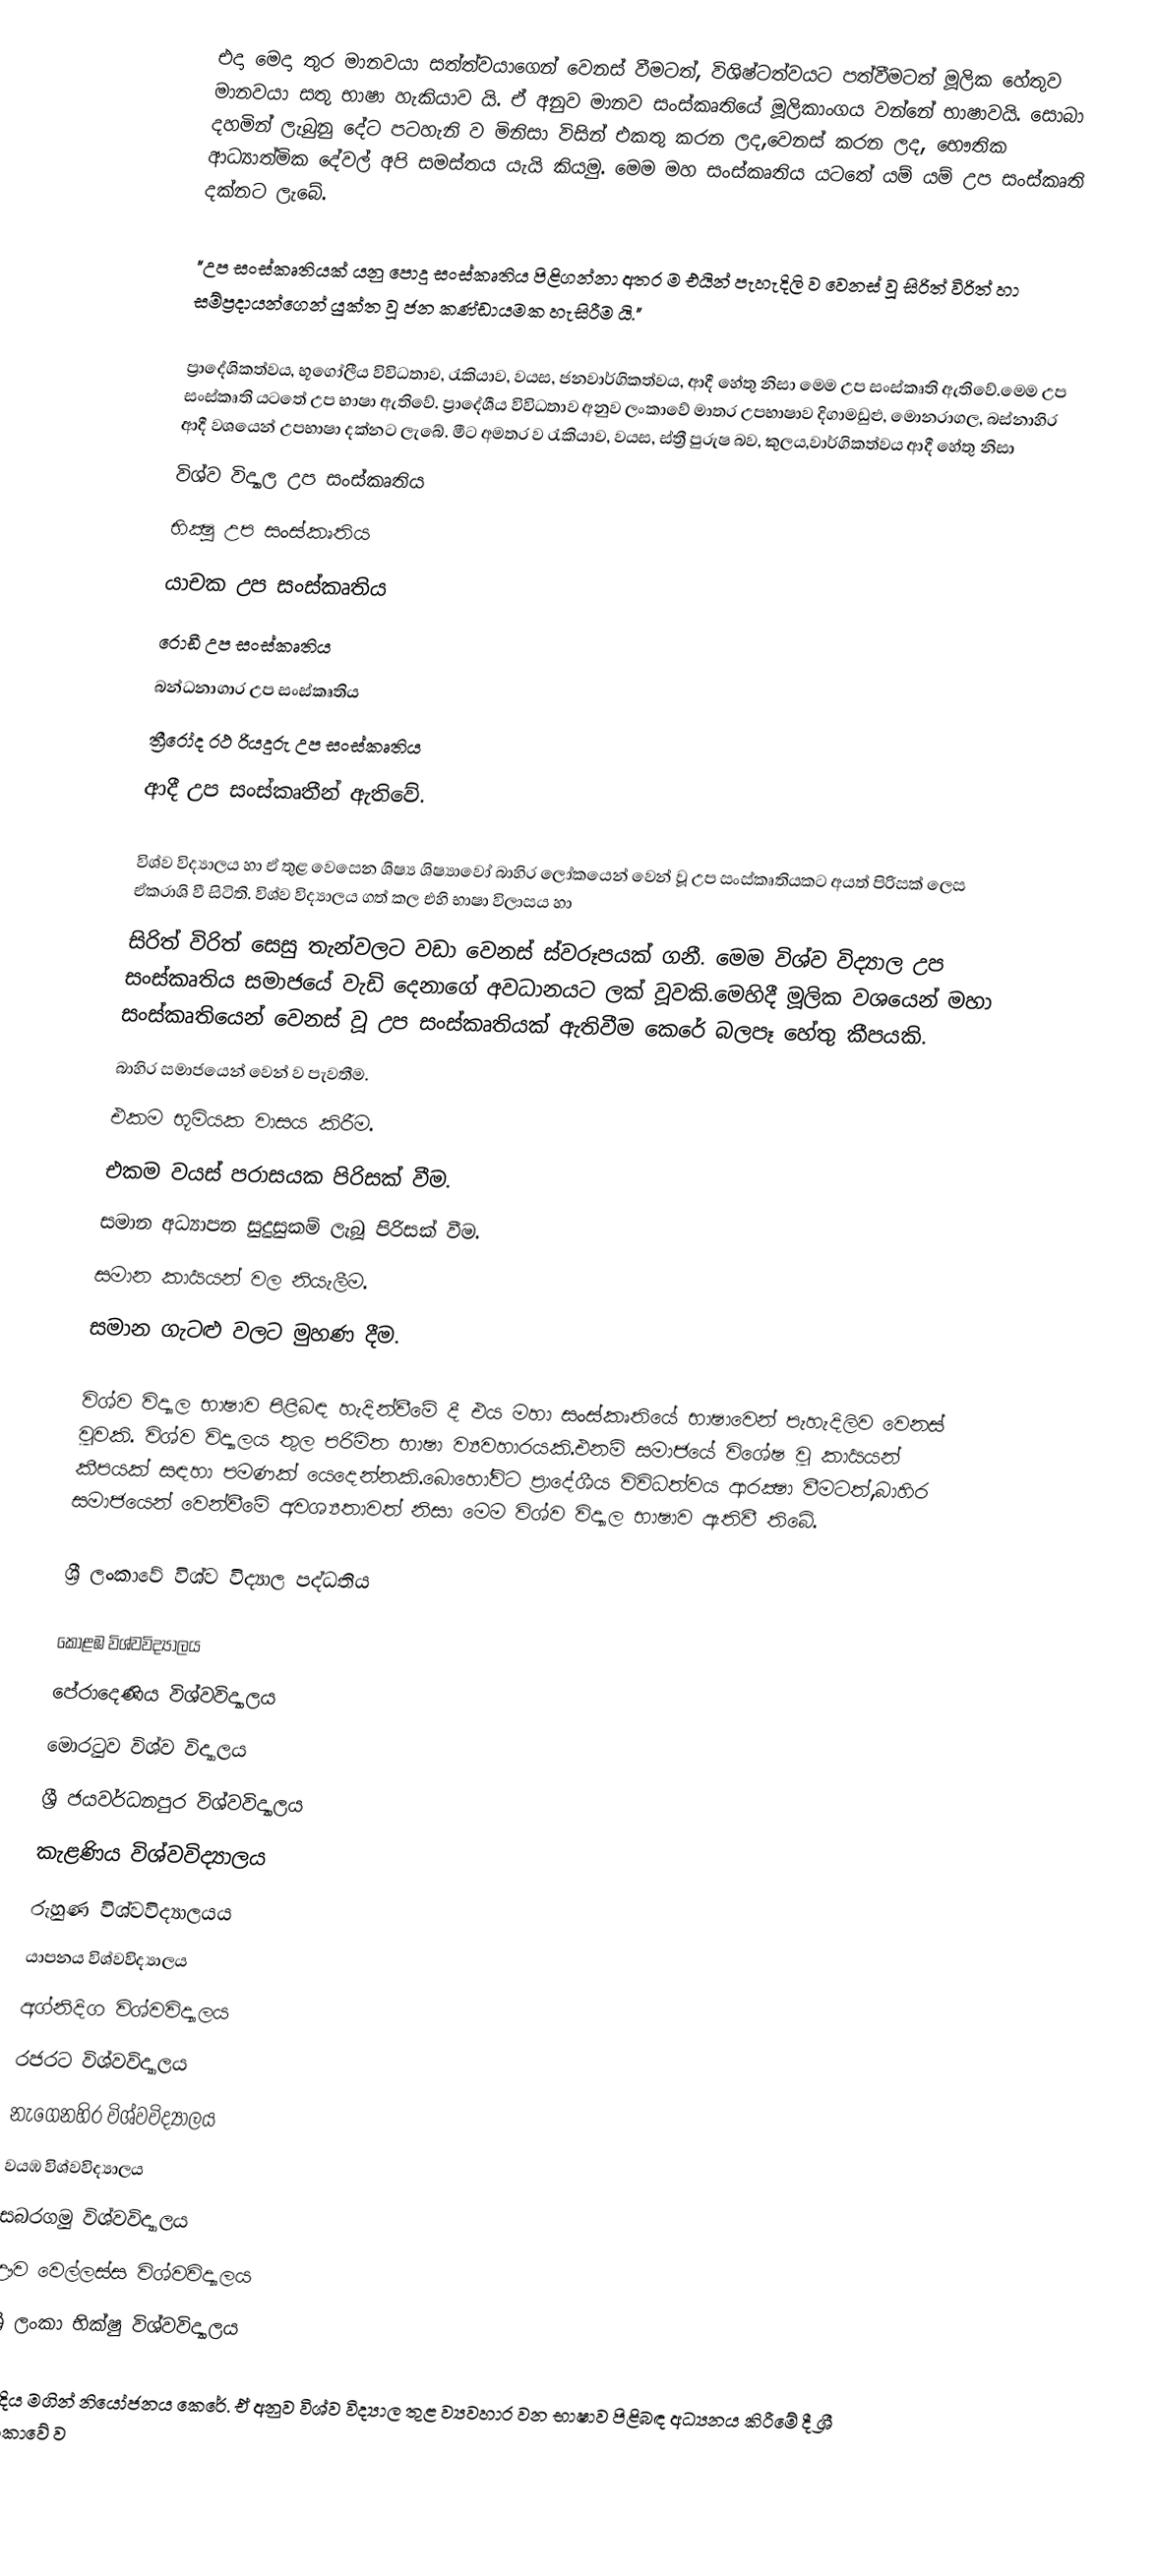
එදා මෙදා තුර මානවයා සත්ත්වයාගෙන් වෙනස් වීමටත්, විශිෂ්ටත්වයට පත්වීමටත් මූලික හේතුව මානවයා සතු භාෂා හැකියාව යි. ඒ අනුව මානව සංස්කෘතියේ මූලිකාංගය වන්නේ භාෂාවයි. සොබා දහමින් ලැබුනු දේට පටහැනි ව මිනිසා විසින් එකතු කරන ලද,වෙනස් කරන ලද, භෞතික ආධ්‍යාත්මික දේවල්  අපි සමස්තය යැයි කියමු. මෙම මහ සංස්කෘතිය යටතේ යම් යම් උප සංස්කෘති දක්නට ලැබේ.

"උප සංස්කෘතියක් යනු පොදු සංස්කෘතිය පිළිගන්නා අතර ම එයින් පැහැදිලි ව වෙනස් වූ සිරිත් විරිත් හා සම්ප්‍රදායන්ගෙන් යුක්ත වූ ජන කණ්ඩායමක හැසිරීම යි."

ප්‍රාදේශිකත්වය, භූගෝලීය විවිධතාව, රැකියාව, වයස, ජනවාර්ගිකත්වය, ආදී හේතු නිසා මෙම උප සංස්කෘති ඇතිවේ.මෙම උප සංස්කෘති යටතේ උප භාෂා ඇතිවේ. ප්‍රාදේශීය විවිධතාව අනුව ලංකාවේ මාතර උපභාෂාව දිගාමඩුළු, මොනරාගල, බස්නාහිර ආදී වශයෙන් උපභාෂා දක්නට ලැබේ. මීට අමතර ව රැකියාව, වයස, ස්ත්‍රී පුරුෂ බව, කුලය,වාර්ගිකත්වය ආදී හේතු නිසා
 විශ්ව විද්‍යාල උප සංස්කෘතිය
 භික්‍ෂු උප සංස්කෘතිය
 යාචක උප සංස්කෘතිය
 රොඩී උප සංස්කෘතිය
 බන්ධනාගාර උප සංස්කෘතිය
 ත්‍රීරෝද රථ රියදුරු උප සංස්කෘතිය
ආදී උප සංස්කෘතීන් ඇතිවේ.

විශ්ව විද්‍යාලය හා ඒ තුළ වෙසෙන ශිෂ්‍ය ශිෂ්‍යාවෝ  බාහිර ලෝකයෙන් වෙන් වූ උප සංස්කෘතියකට අයත් පිරිසක් ලෙස ඒකරාශි වී සිටිති. විශ්ව විද්‍යාලය ගත් කල එහි භාෂා විලාසය හා
සිරිත් විරිත් සෙසු තැන්වලට වඩා වෙනස් ස්වරූපයක් ගනී. මෙම විශ්ව විද්‍යාල උප සංස්කෘතිය සමාජයේ වැඩි දෙනාගේ අවධානයට ලක් වූවකි.මෙහිදී මූලික වශයෙන් මහා සංස්කෘතියෙන් වෙනස් වූ උප සංස්කෘතියක් ඇතිවීම කෙරේ බලපෑ හේතු කීපයකි.
 බාහිර සමාජයෙන් වෙන් ව පැවතීම.
 එකම භූමියක වාසය කිරීම.
 එකම වයස් පරාසයක පිරිසක් වීම.
 සමාන අධ්‍යාපන සුදුසුකම් ලැබූ පිරිසක් වීම.
 සමාන කාර්‍යයන් වල නියැලීම.
 සමාන ගැටළු වලට මුහණ දීම.

විශ්ව විද්‍යාල භාෂාව පිළිබඳ හැදින්වීමේ දී එය මහා සංස්කෘතියේ භාෂාවෙන් පැහැදිලිව වෙනස් වූවකි. විශ්ව විද්‍යාලය තුල පරිමිත භාෂා ව්‍යවහාරයකි.එනම් සමාජයේ විශේෂ වූ කාර්‍යයන් කීපයක් සඳහා පමණක් යෙදෙන්නකි.බොහෝවිට ප්‍රාදේශීය විවිධත්වය ආරක්‍ෂා වීමටත්,බාහිර සමාජයෙන් වෙන්වීමේ අවශ්‍යතාවත් නිසා මෙම විශ්ව විද්‍යාල භාෂාව ඇතිවී තිබේ.

ශ්‍රී ලංකාවේ විශ්ව විද්‍යාල පද්ධතිය

 කොළඹ විශ්වවිද්‍යාලය
 පේරාදෙණිය‍ විශ්වවිද්‍යාලය
 මොරටුව විශ්ව විද්‍යාලය
 ශ්‍රී ජයවර්ධනපුර විශ්වවිද්‍යාලය
 කැළණිය විශ්වවිද්‍යාලය
 රුහුණ විශ්වවිද්‍යාලයය
 යාපනය විශ්වවිද්‍යාලය
 අග්නිදිග විශ්වවිද්‍යාලය
 රජරට විශ්වවිද්‍යාලය
 නැගෙනහිර විශ්වවිද්‍යාලය
 වයඹ විශ්වවිද්‍යාලය
 සබරගමු විශ්වවිද්‍යාලය
 ඌව වෙල්ලස්ස විශ්වවිද්‍යාලය
 ශ්‍රී ලංකා භික්ෂු විශ්වවිද්‍යාලය

ආදිය මගින් නියෝජනය කෙරේ. ඒ අනුව විශ්ව විද්‍යාල තුළ ව්‍යවහාර වන භාෂාව පිළිබඳ අධ්‍යනය කිරීමේ දී ශ්‍රී ලංකාවේ ව